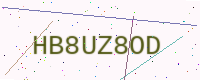
Text: HB8UZ8OD